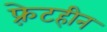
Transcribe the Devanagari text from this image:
फ़्रेटहीन